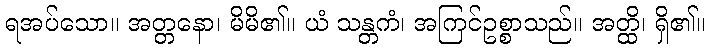
ရအပ်သော။ အတ္တနော၊ မိမိ၏။ ယံ သန္တကံ၊ အကြင်ဥစ္စာသည်။ အတ္ထိ၊ ရှိ၏။